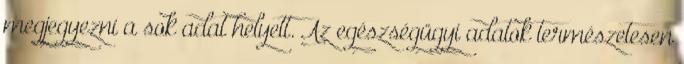
megjegyezni a sok adat helyett. Az egészségügyi adatok természetesen